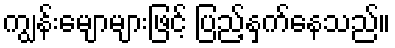
ကျွန်းမျောများဖြင့် ပြည့်နှက်နေသည်။